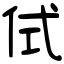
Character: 侙